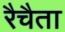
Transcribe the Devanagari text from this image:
रैचैता